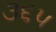
૩૬૫